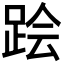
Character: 𲃟